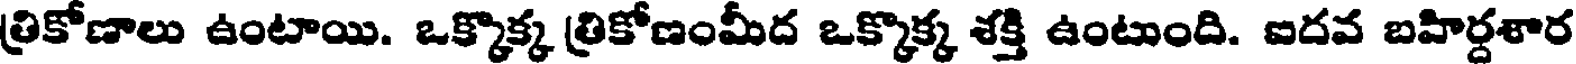
త్రికోణాలు ఉంటాయి. ఒక్కొక్క త్రికోణంమీద ఒక్కొక్క శక్తి ఉంటుంది. ఐదవ బహిర్దశార